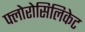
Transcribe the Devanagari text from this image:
फ्लोरोसिलिकेट